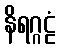
နိရဂ္ဂဠံ